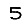
Digit: 5